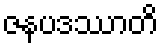
ဇနပဒဿာတိ